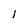
Character: 1